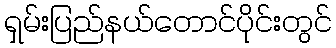
ရှမ်းပြည်နယ်တောင်ပိုင်းတွင်